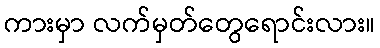
ကားမှာ လက်မှတ်တွေရောင်းလား။